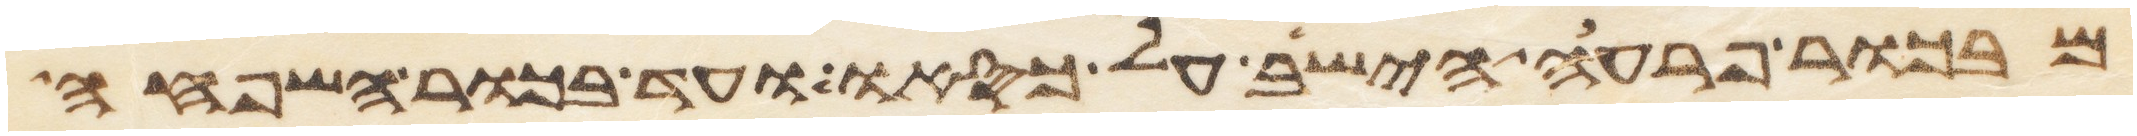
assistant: מבכור פרעה הישב על כסאו ועד בכור השפחה